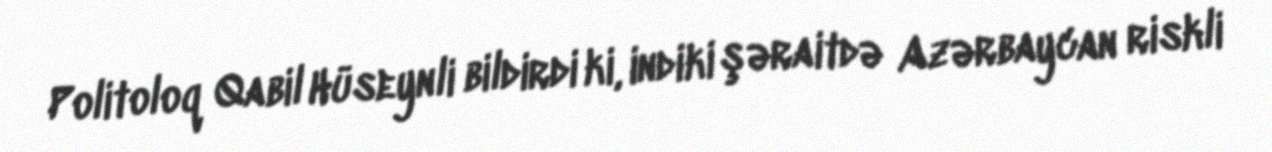
Politoloq Qabil Hüseynli bildirdi ki, indiki şəraitdə Azərbaycan riskli